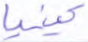
كينيا